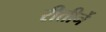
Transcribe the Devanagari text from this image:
रीतीर्ने